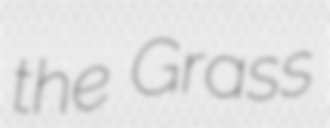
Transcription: the Grass